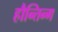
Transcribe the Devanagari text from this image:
हौन्तिन्ग